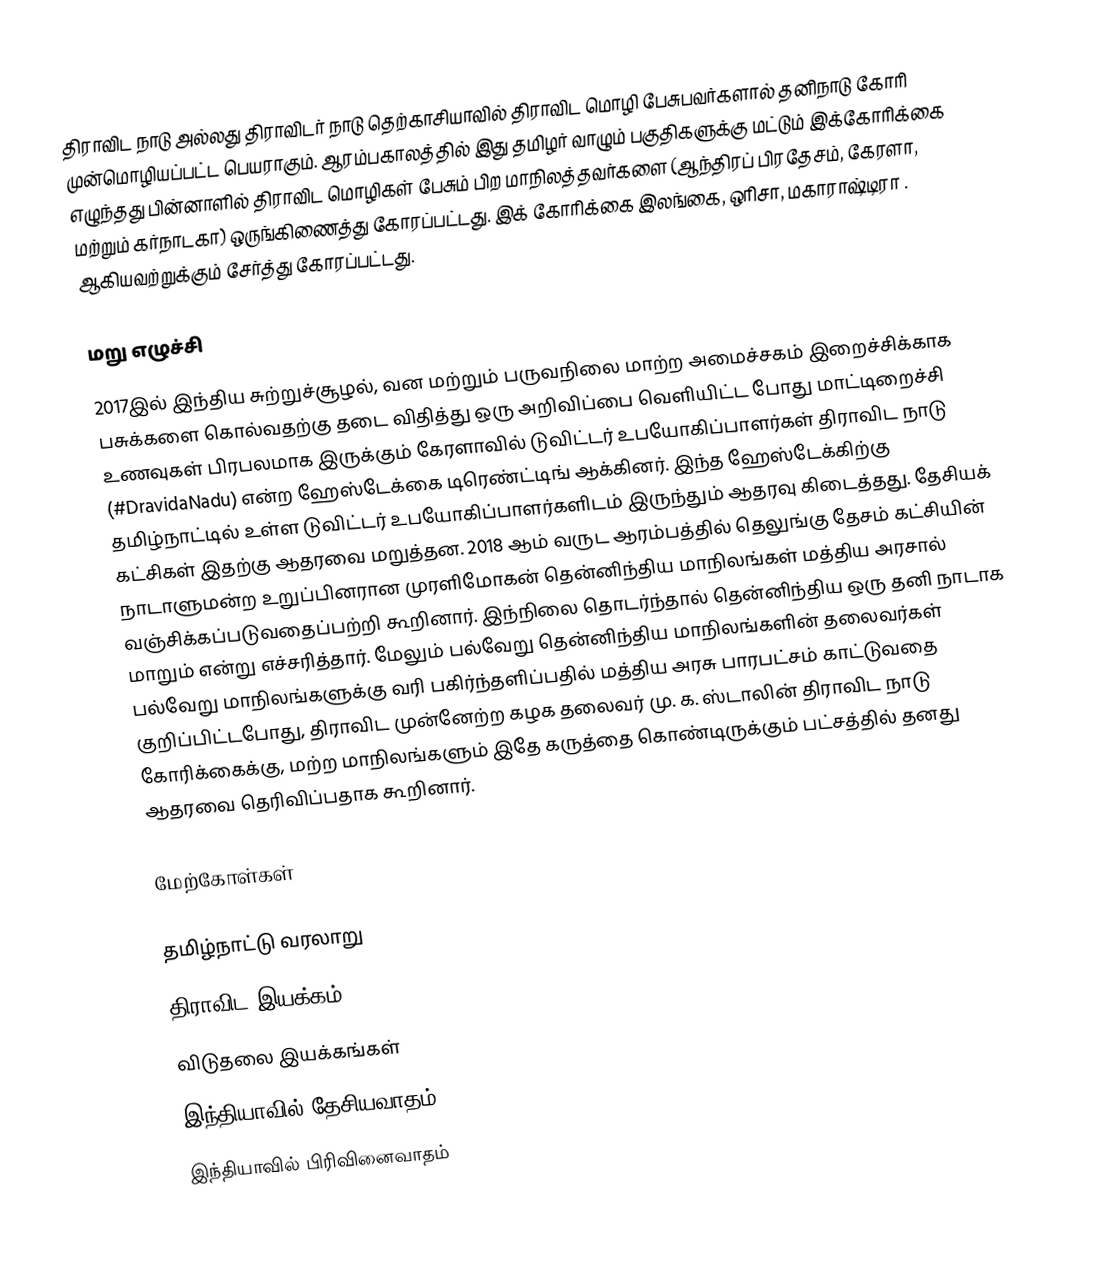
திராவிட நாடு அல்லது திராவிடர் நாடு தெற்காசியாவில்  திராவிட மொழி பேசுபவர்களால் தனிநாடு கோரி முன்மொழியப்பட்ட பெயராகும். ஆரம்பகாலத்தில் இது தமிழர் வாழும் பகுதிகளுக்கு மட்டும் இக்கோரிக்கை எழுந்தது பின்னாளில் திராவிட மொழிகள் பேசும் பிற மாநிலத்தவர்களை (ஆந்திரப் பிரதேசம், கேரளா, மற்றும் கர்நாடகா) ஒருங்கிணைத்து கோரப்பட்டது. இக் கோரிக்கை இலங்கை, ஒரிசா, மகாராஷ்டிரா . ஆகியவற்றுக்கும் சேர்த்து கோரப்பட்டது.

மறு எழுச்சி
2017இல் இந்திய சுற்றுச்சூழல், வன மற்றும் பருவநிலை மாற்ற அமைச்சகம் இறைச்சிக்காக பசுக்களை கொல்வதற்கு தடை விதித்து ஒரு அறிவிப்பை வெளியிட்ட போது மாட்டிறைச்சி உணவுகள் பிரபலமாக இருக்கும் கேரளாவில் டுவிட்டர் உபயோகிப்பாளர்கள் திராவிட நாடு (#DravidaNadu) என்ற ஹேஸ்டேக்கை டிரெண்ட்டிங் ஆக்கினர். இந்த ஹேஸ்டேக்கிற்கு தமிழ்நாட்டில் உள்ள டுவிட்டர் உபயோகிப்பாளர்களிடம் இருந்தும் ஆதரவு கிடைத்தது. தேசியக் கட்சிகள் இதற்கு ஆதரவை மறுத்தன. 2018 ஆம் வருட ஆரம்பத்தில் தெலுங்கு தேசம் கட்சியின் நாடாளுமன்ற உறுப்பினரான முரளிமோகன் தென்னிந்திய மாநிலங்கள் மத்திய அரசால் வஞ்சிக்கப்படுவதைப்பற்றி கூறினார். இந்நிலை தொடர்ந்தால் தென்னிந்திய ஒரு தனி நாடாக மாறும் என்று எச்சரித்தார். மேலும் பல்வேறு தென்னிந்திய மாநிலங்களின் தலைவர்கள் பல்வேறு மாநிலங்களுக்கு  வரி பகிர்ந்தளிப்பதில் மத்திய அரசு பாரபட்சம் காட்டுவதை குறிப்பிட்டபோது, திராவிட முன்னேற்ற கழக தலைவர் மு. க. ஸ்டாலின் திராவிட நாடு கோரிக்கைக்கு, மற்ற மாநிலங்களும் இதே கருத்தை கொண்டிருக்கும் பட்சத்தில் தனது ஆதரவை தெரிவிப்பதாக கூறினார்.

மேற்கோள்கள்

தமிழ்நாட்டு வரலாறு
திராவிட இயக்கம்
விடுதலை இயக்கங்கள்
இந்தியாவில் தேசியவாதம்
இந்தியாவில் பிரிவினைவாதம்